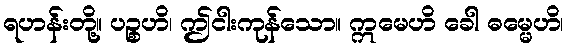
ရဟန်းတို့။ ပဉ္စဟိ၊ ဤငါးကုန်သော။ ဣမေဟိ ခေါ ဓမ္မေဟိ၊